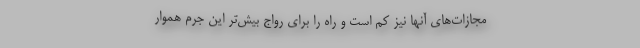
مجازات‌های آنها نیز کم است و راه را برای رواج بیش‌تر این جرم هموار